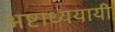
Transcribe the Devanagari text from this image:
अष्टाध्ययायी